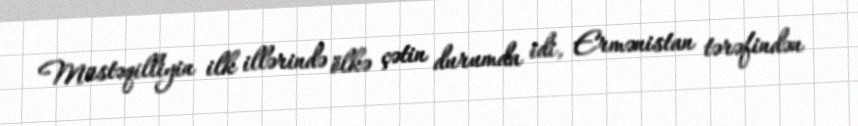
Müstəqilliyin ilk illərində ölkə çətin durumda idi, Ermənistan tərəfindən